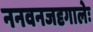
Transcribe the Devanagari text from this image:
ननवनजदृगालेः